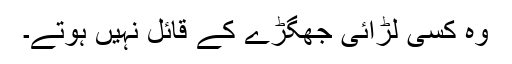
وہ کسی لڑائی جھگڑے کے قائل نہیں ہوتے۔